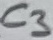
Text: C3